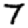
Digit: 7